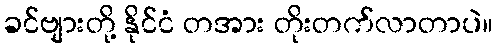
ခင်ဗျားတို့ နိုင်ငံ တအား တိုးတက်လာတာပဲ။